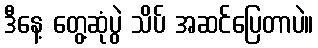
ဒီနေ့ တွေ့ဆုံပွဲ သိပ် အဆင်ပြေတာပဲ။